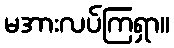
မအားလပ်ကြရှာ။